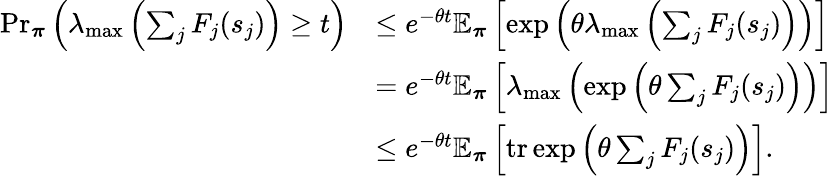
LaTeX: \begin{array}{rl}{\Pr_{\boldsymbol\pi}\left(\lambda_{\mathrm{max}}\left(\sum_{j}F_{j}(s_{j})\right)\geq t\right)}&{\leq e^{-\theta t}\mathbb{E}_{\boldsymbol\pi}\left[\exp\left(\theta\lambda_{\mathrm{max}}\left(\sum_{j}F_{j}(s_{j})\right)\right)\right]}\\ &{=e^{-\theta t}\mathbb{E}_{\boldsymbol\pi}\left[\lambda_{\mathrm{max}}\left(\exp\left(\theta\sum_{j}F_{j}(s_{j})\right)\right)\right]}\\ &{\leq e^{-\theta t}\mathbb{E}_{\boldsymbol\pi}\left[\operatorname{tr}\exp\left(\theta\sum_{j}F_{j}(s_{j})\right)\right].}\end{array}